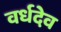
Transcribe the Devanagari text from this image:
वर्धदेव